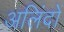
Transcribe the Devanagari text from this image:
अलिंदों